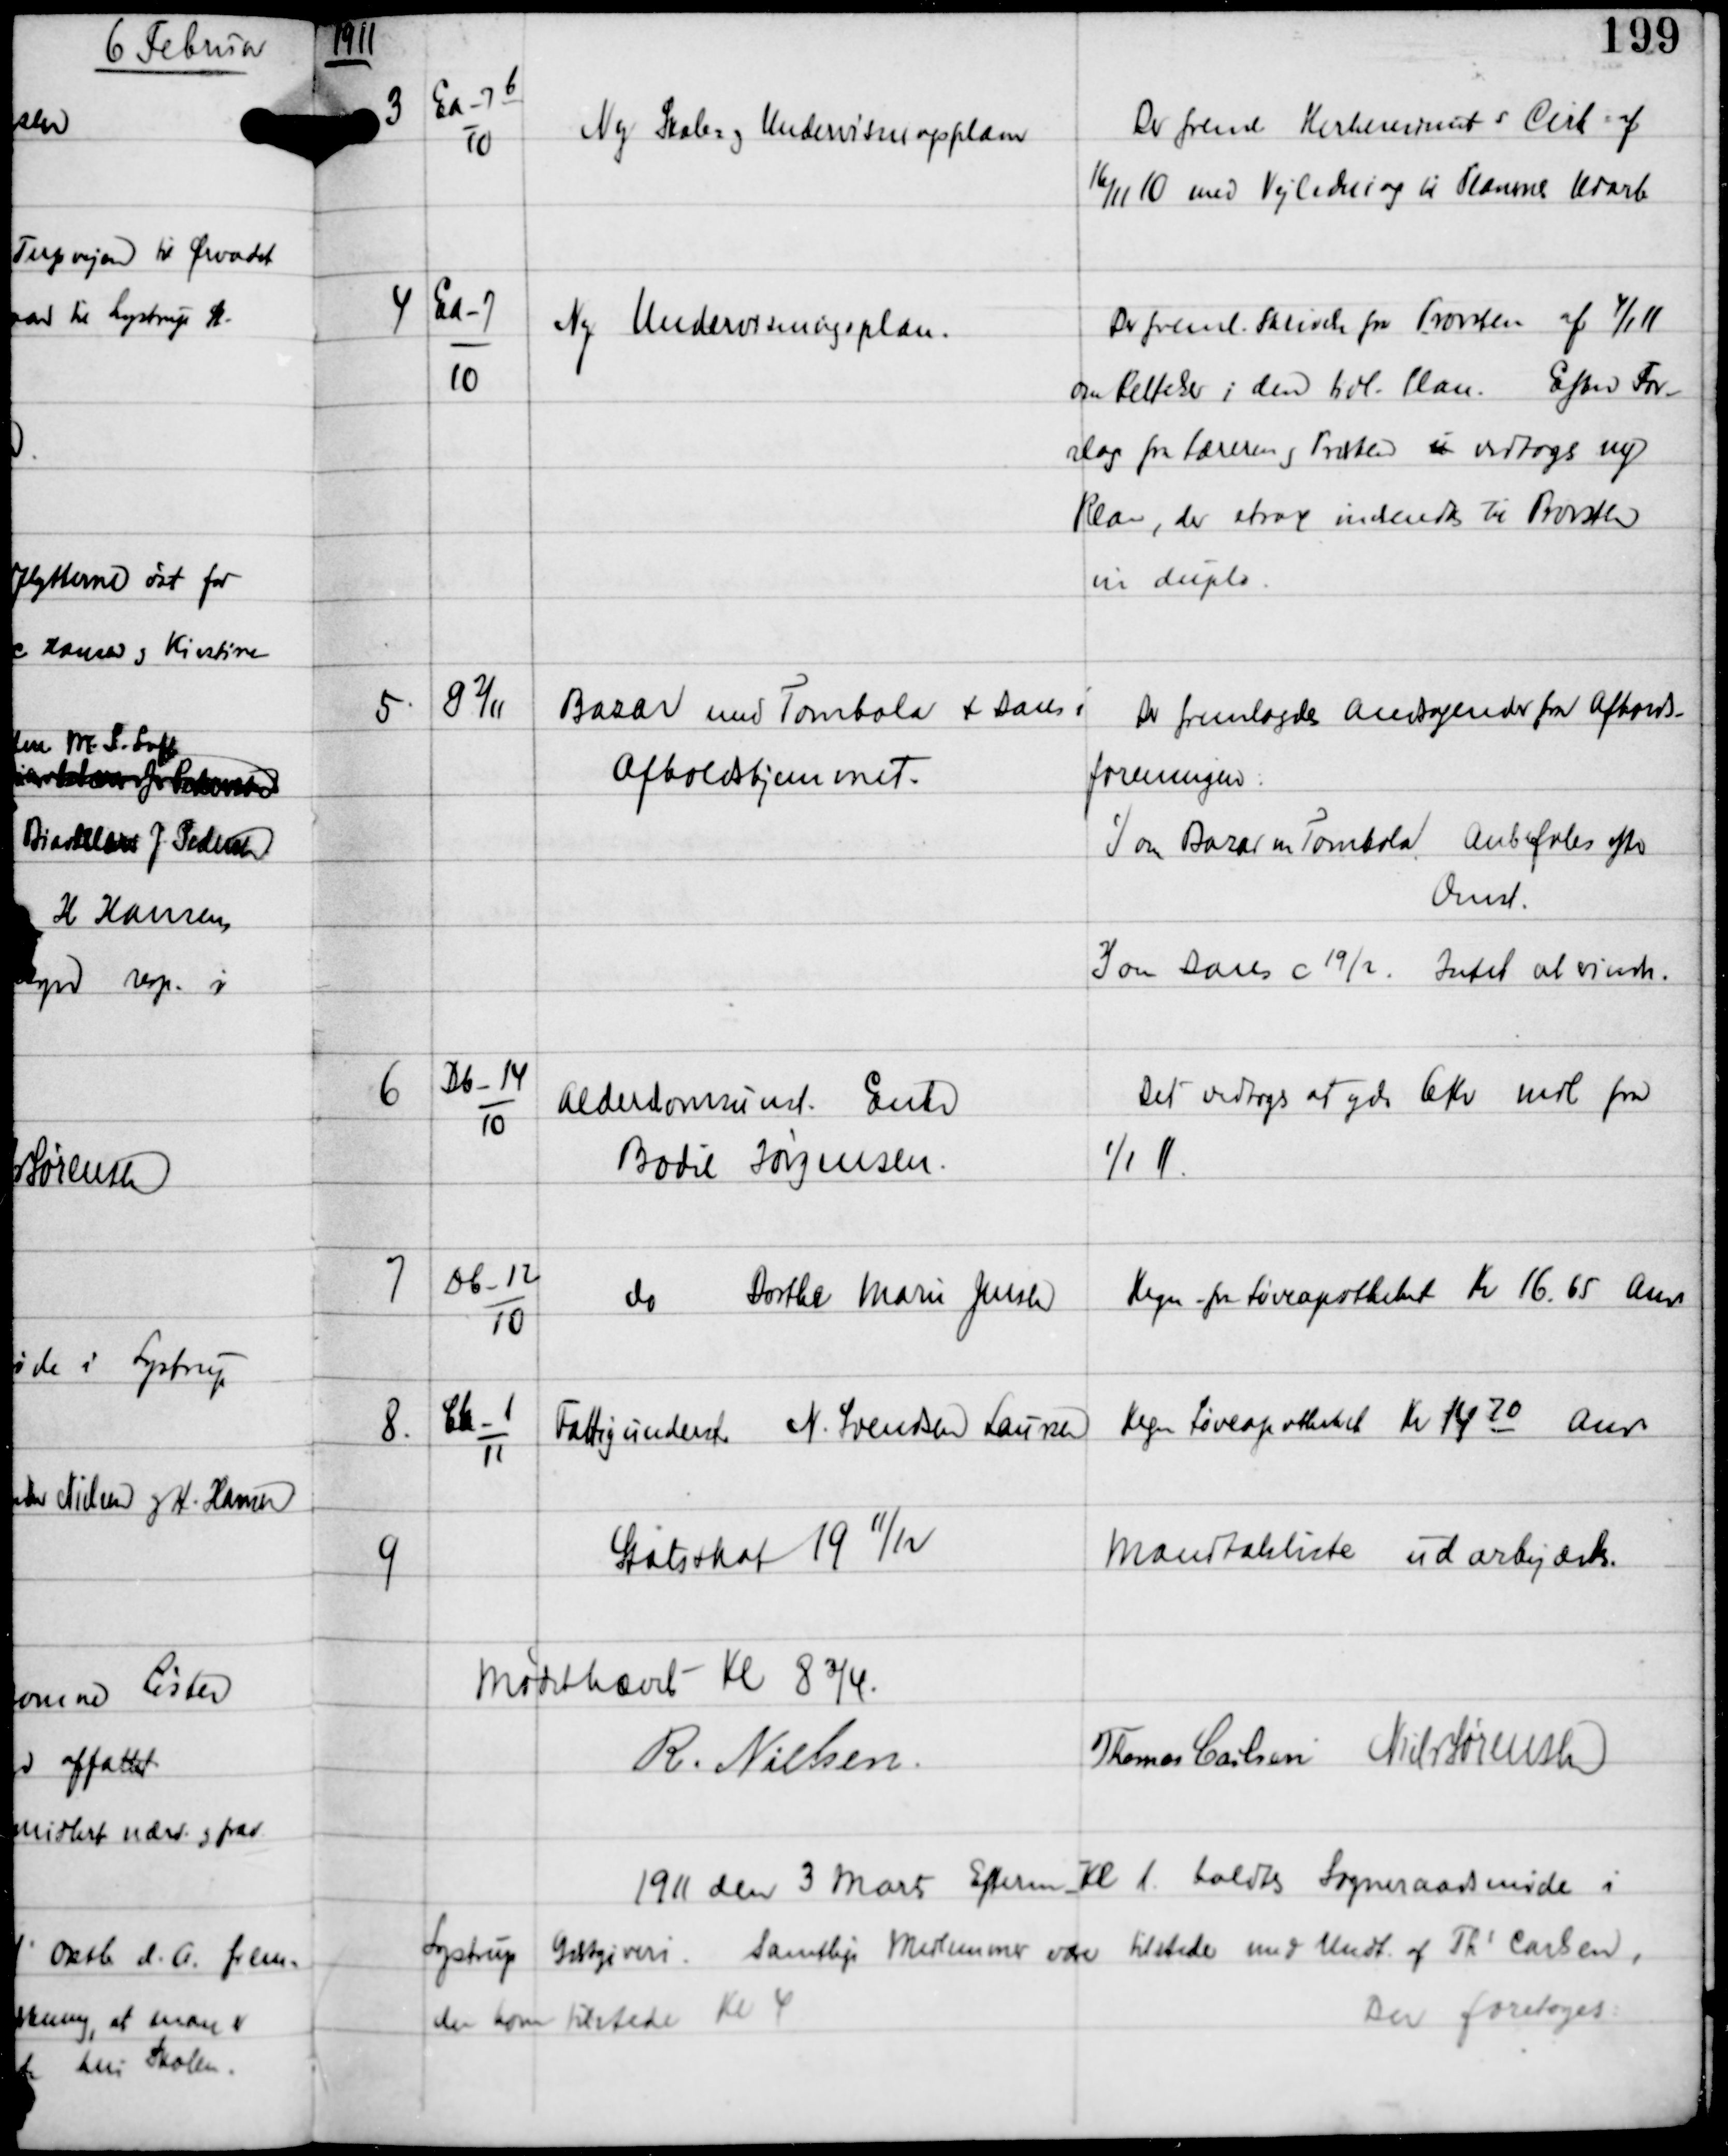
Transskription:
1911

3

Ea-7b
10

Ny Skole og Undervisningsplan

Der freml Kirkeminists Cirk af
16/11 10 med Vejledning til Planens Udarb.

4

Ea-7
10

Ny Undervisningsplan.

Der freml Skrivelse fra Provsten af 4/1 11
om Rettelse i den tidl. Plan. Efter For-
slag fra Læreren og Præsten u vedtoges ny
Plan, der strax indsendes til Provsten
in duplo.

5.

G 2/11

Bazar med Tombola + Dans i
Afholdshjemmet.

Der fremlagdes Andragende fra Afholds-
foreningen:
1) om Bazar m Tombala. Anbefaledes efter
Omst.
2) om Dans c 19/2. Intet at erindre.

6

Db-14
10

Alderdomsunst Enke
Bodil Jørgensen

Det vedtoges at yde 6 Kr mdl fra
1/1 11

7

Db-12
10

do Dorthe Marie Jensen

Regn fra Løveapotheket Kr 16.65. Anv

8.

Cb-1
11

Fattigunderst N. Svendsen Laursen

Regn Løveapotheket Kr 1470 Anv

9

Statsskat 19 11/12

Mandtalsliste udarbejdedes.

Mødet hævet Kl 8¾
R. Nielsen
Thomas Carlsen Niels Sørensen

1911 den 3 Marts Efterm Kl 1 holdtes Sogneraadsmøde i
Lystrup Gæstgiveri. Samtlige Medlemmer vare tilstede med Undt af Ths Carlsen,
der kom tilstede Kl 4
Der foretoges: